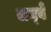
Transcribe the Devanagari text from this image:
लन्बे